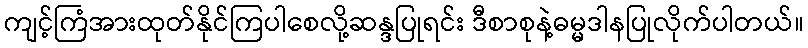
ကျင့်ကြံအားထုတ်နိုင်ကြပါစေလို့ဆန္ဒပြုရင်း ဒီစာစုနဲ့ဓမ္မဒါနပြုလိုက်ပါတယ်။